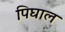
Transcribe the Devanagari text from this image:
पिघाल